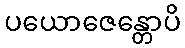
ပယောဇေန္တောပိ